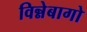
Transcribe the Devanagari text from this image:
विन्नेबागो